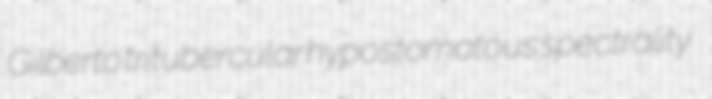
Gilberto tritubercular hypostomatous spectrality